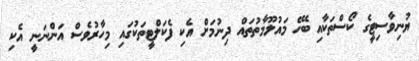
ޔުނިވާސިޓީގެ ކޯސްތަކާއި ބެހޭ މައުލޫމާތުތައް ދިނުމަށް އެކި ފެކަލްޓީތަކުގައި މިހާރުވެސް އަންނަނީ އެކި